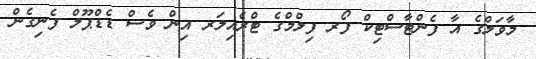
މާވަލްގެ އާ ފެންޓާސްޓިކް ފޯރ ފިލްމްގެ ޓްރެއިލަރ އިން ވެސް ޑެޑްޕޫލް ފެނިގެން